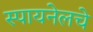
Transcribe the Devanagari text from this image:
स्पायनेलचे